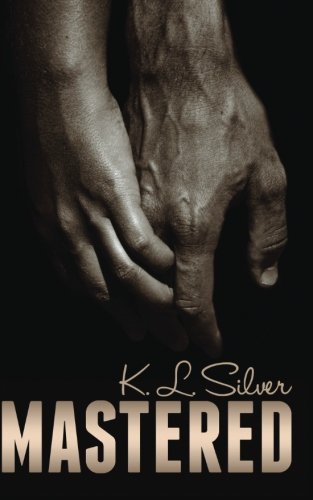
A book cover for Mastered: Book 1:  The Mastered Saga (Volume 1); K.L. Silver; Romance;